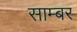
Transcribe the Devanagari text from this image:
साम्बर